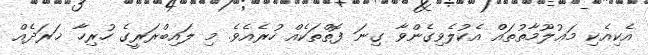
އެކިއެކި މަޢުލޫމާތުތައް އެކުލެވިގެންވާ ގިނަ ފޮތްތަކެއް ހުރެއެވެ. މި ލައިބްރަރީގެ ހުރިހާ ޚަރަދެއް